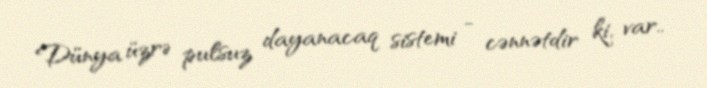
Dünya üzrə pulsuz dayanacaq sistemi - cənnətdir ki, var..